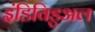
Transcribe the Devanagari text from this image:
इंडिविडुअल